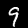
Label: 9